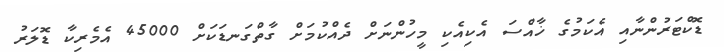
ޑޮކްޓަރުންނާއި އެކަމުގެ ޚާއްސަ އެކިއެކި މީހުންނަށް ދެއްކުމަށް ގާތްގަނޑަކަށް 45000 އެމެރިކާ ޑޮލަރު